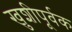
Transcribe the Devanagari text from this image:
खुशीपूर्वक